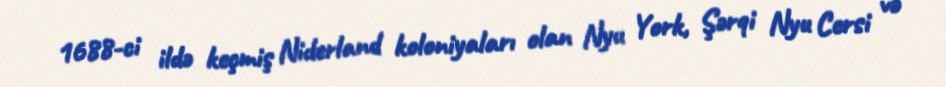
1688-ci ildə keçmiş Niderland koloniyaları olan Nyu York, Şərqi Nyu Cersi və